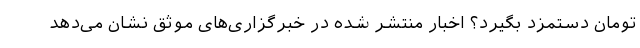
تومان دستمزد بگیرد؟ اخبار منتشر شده در خبرگزاری‌های موثق نشان می‌دهد